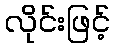
လိုင်းဖြင့်